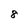
Character: 8